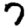
Digit: 7